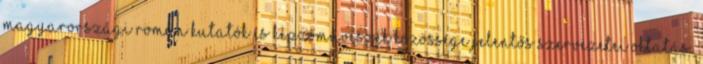
Magyarországi Román Kutatók és Képzőművészek Közössége jelentős szervezetei Oktatás: